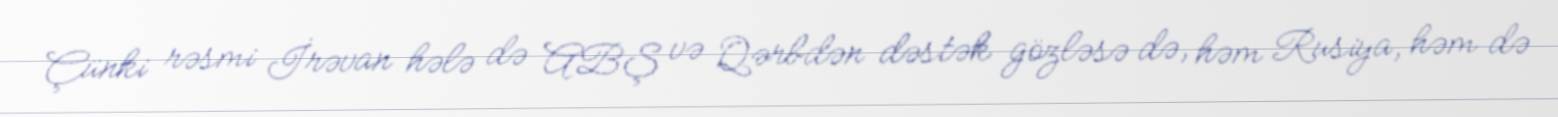
Çünki rəsmi İrəvan hələ də ABŞ və Qərbdən dəstək gözləsə də, həm Rusiya, həm də